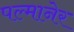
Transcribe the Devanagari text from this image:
पल्मानेर